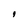
Character: I